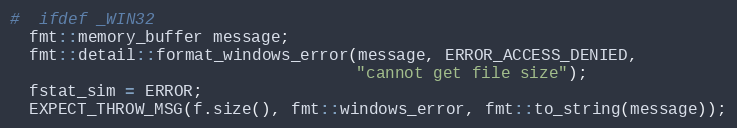
Language: C++
#  ifdef _WIN32
  fmt::memory_buffer message;
  fmt::detail::format_windows_error(message, ERROR_ACCESS_DENIED,
                                    "cannot get file size");
  fstat_sim = ERROR;
  EXPECT_THROW_MSG(f.size(), fmt::windows_error, fmt::to_string(message));